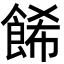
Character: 餙